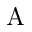
\mathrm { A }